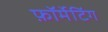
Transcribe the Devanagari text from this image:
फ़ॉर्मेटिंग